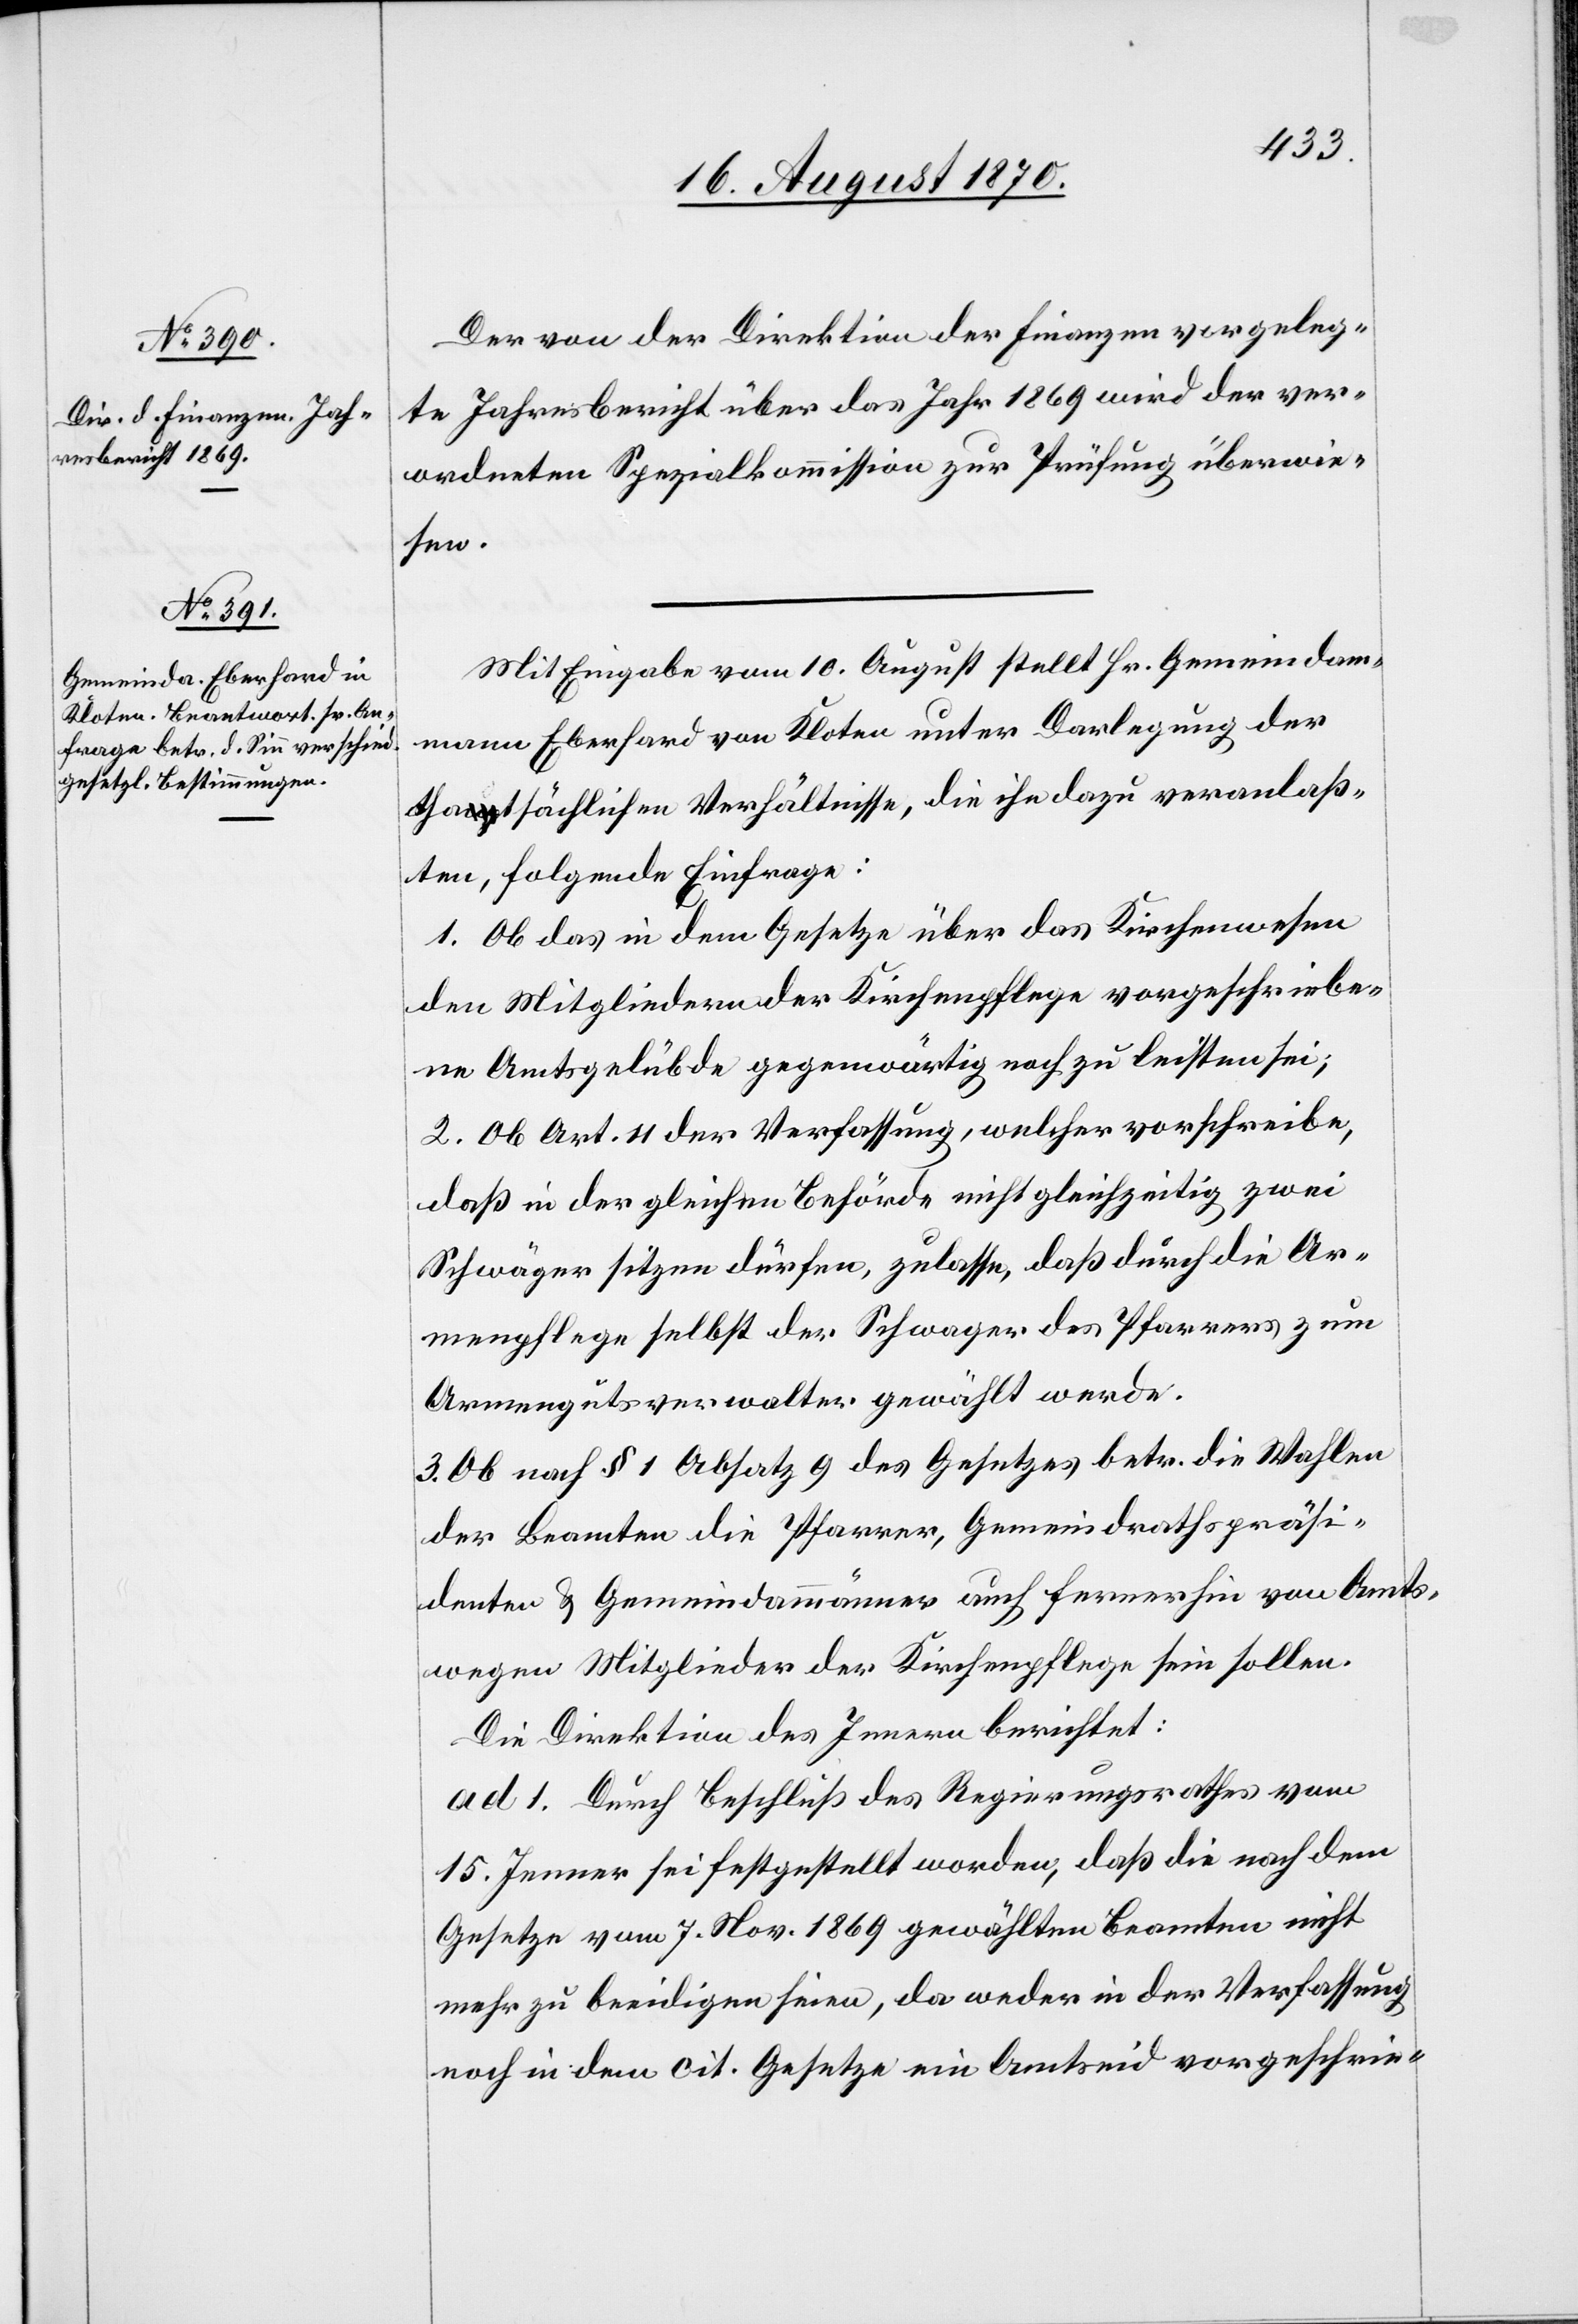
veranlaß¬
Der von der Direktion der Finanzen vorgeleg¬
te Jahresbericht über das Jahr 1869 wird der ver¬
ordneten Spezialkommission zur Prüfung überwie¬
sen.
Mit Eingabe vom 10. August stellt Hr. Gemeindam¬
mann Eberhard von Kloten unter Darlegung der
ten, folgende Einfrage:
1. Ob das in dem Gesetze über das Kirchenwesen
den Mitgliedern der Kirchenpflege vorgeschriebe¬
ne Amtsgelübde gegenwärtig noch zu leisten sei;
2. Ob Art. 11 der Verfassung, welcher vorschreibe,
daß in der gleichen Behörde nicht gleichzeitig zwei
Schwäger sitzen dürfen, zulasse, daß durch die Ar¬
menpflege selbst der Schwager des Pfarrers zum
Armengutsverwalter gewählt werde.
3. Ob nach § 1 Absatz 9 des Gesetzes betr. die Wahlen
der Beamten die Pfarrer, Gemeindrathspräsi¬
denten & Gemeindammänner auch fernerhin von Amts¬
wegen Mitglieder der Kirchenpflege sein sollen.
Die Direktion des Innern berichtet:
ad 1. Durch Beschluß des Regierungsrathes vom
15. Jenner sei festgestellt worden, daß die nach dem
Gesetze vom 7. Nov. 1869 gewählten Beamten nicht
mehr zu beeidigen seien, da weder in der Verfassung
noch in dem cit. Gesetzes ein Amtseid vorgeschrie-